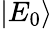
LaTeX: \left|E_{0}\right\rangle